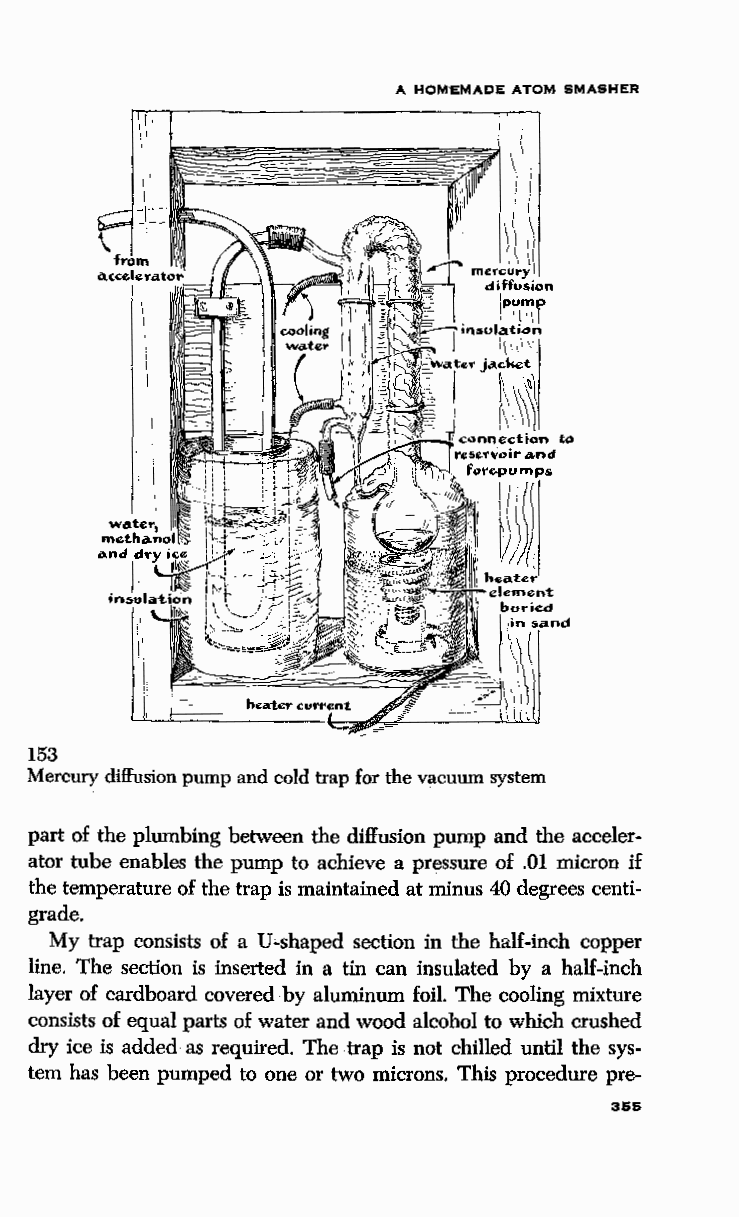
A HOMEMADE ATOM SMASHER
 diffusion
 ipumf
 i '\'\
 ;·:1~
 connection to
 ra.nd
 fo~o;pumps
 ~))~
 153
 Mercury diffusion pump and cold trap for the vacuum system
 part of the plumbing between the diffusion pump and the acceler
 ator tube enables the pump to achieve a pressure of .01 micron if
 the temperature of the trap is maintained at minus 40 degrees centi
 grade.
 My trap consists of a U-shaped section in the half-inch copper
 line. The section is inserted in a tin can insulated by a half-inch
 layer of cardboard covered by aluminum foil. The cooling mixture
 consists of equal parts of water and wood alcohol to which crushed
 dry ice is added as required. The trap is not chilled until the sys
 tem has been pumped to one or two microns. This procedure pre-
 3SS